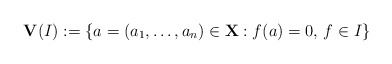
\begin{align*}\mathbf V(I):=\{a=(a_1,\dots,a_n)\in\mathbf X: f(a)=0,\,f\in I\}\end{align*}